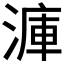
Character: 𣹫